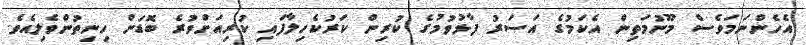
އެހެންނަމަވެސް މޫނުމަތިން އެކަމުގެ އަސަރު ފާޅުވުމުގެ ކުރިން ކަރުކެހިލާފައި ކުރިއަށްވުރެ ބޮޑަށް ހިނިތުންވެލިއެވެ.